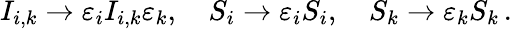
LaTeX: I_{i,k}\to\varepsilon_{i}I_{i,k}\varepsilon_{k},\quad S_{i}\to\varepsilon_{i}S_{i},\quad S_{k}\to\varepsilon_{k}S_{k}\, .